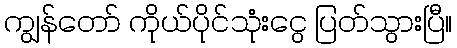
ကျွန်တော် ကိုယ်ပိုင်သုံးငွေ ပြတ်သွားပြီ။